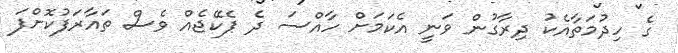
ގެ ހިދުމަތާއެކު ދިރާގުން ވަނީ އެކަމަށް ހާއްސަ ދެ ޕެކޭޖެއް ވެސް ތައާރަފުކޮށްފަ